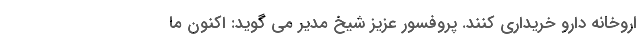
اروخانه دارو خریداری کنند. پروفسور عزیز شیخ مدیر می گوید: اکنون ما